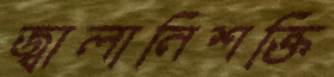
জ্বালানিশক্তি